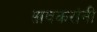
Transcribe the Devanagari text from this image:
सावकरांनी